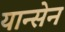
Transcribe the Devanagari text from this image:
यान्सेन